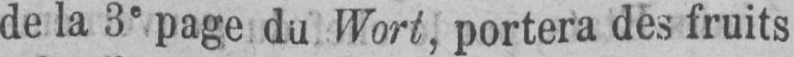
de la 3e page du Wort, portera dès fruits